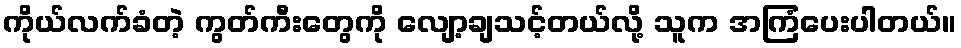
ကိုယ်လက်ခံတဲ့ ကွတ်ကီးတွေကို လျော့ချသင့်တယ်လို့ သူက အကြံပေးပါတယ်။